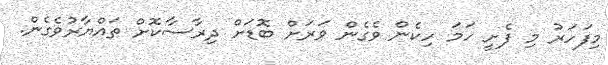
މިފަހަރު މި ފެށީ ހަމަ ހިކެން ވެގެން ވަރަށް ބޮޑަށް ދިރާސާކޮށް ތައްޔާރުވެގެން.